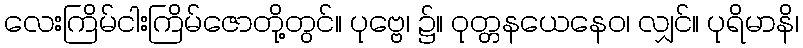
လေးကြိမ်ငါးကြိမ်ဇောတို့တွင်။ ပုဗ္ဗေ၊ ၌။ ဝုတ္တနယေနေဝ၊ လျှင်။ ပုရိမာနိ၊